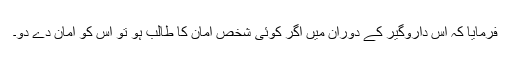
فرمایا کہ اس داروگیر کے دوران میں اگر کوئی شخص امان کا طالب ہو تو اس کو امان دے دو۔